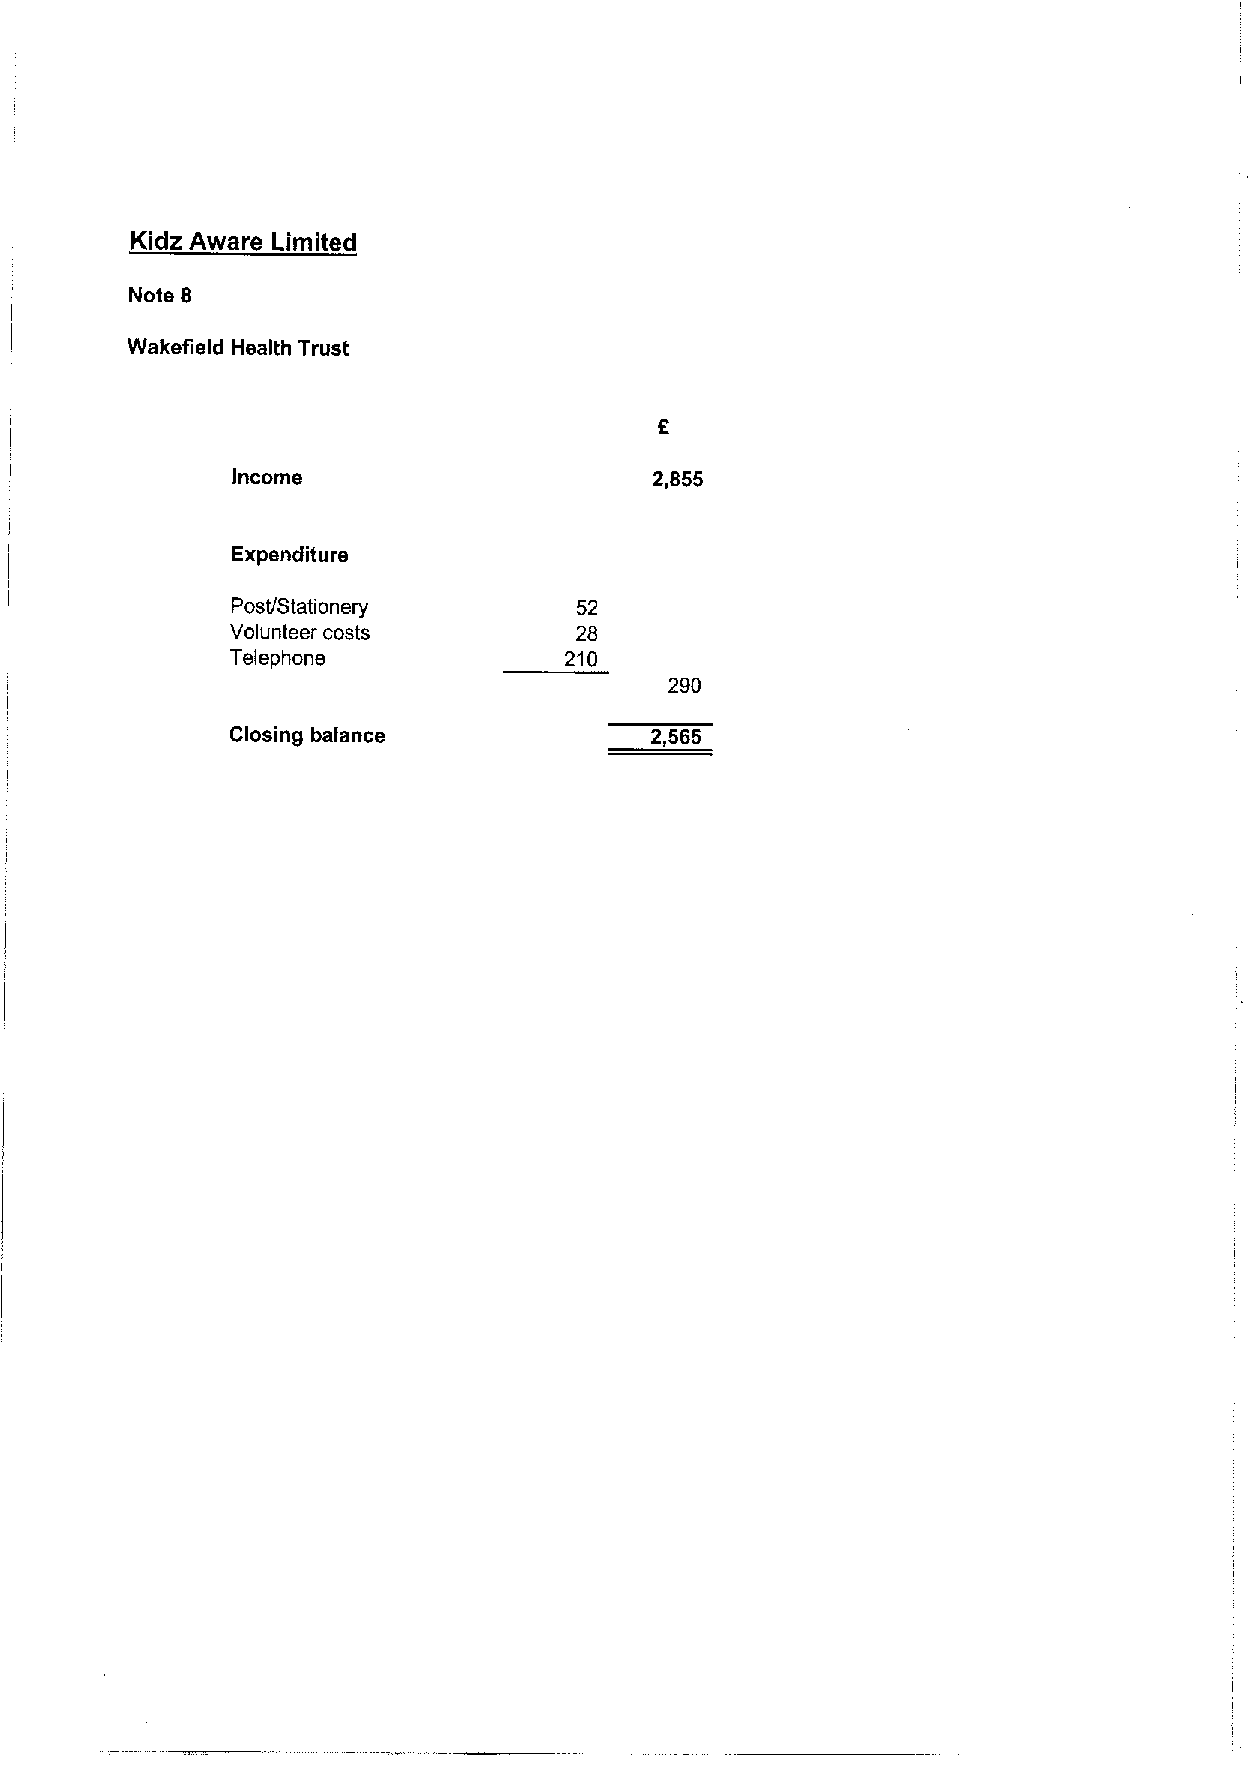
Kidz Aware Limited
 Note 8
 Waketield Health Trust
 Income                      2,855
 Expenditure
 Post/Stationery        52
 Volunteer costs        28
 Telephone             210
 290
 Closing balance             2,565